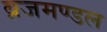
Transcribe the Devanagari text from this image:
ब्रजमण्डल